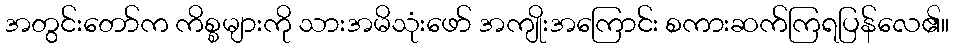
အတွင်းတော်က ကိစ္စများကို သားအမိသုံးဖော် အကျိုးအကြောင်း စကားဆက်ကြရပြန်လေ၏။